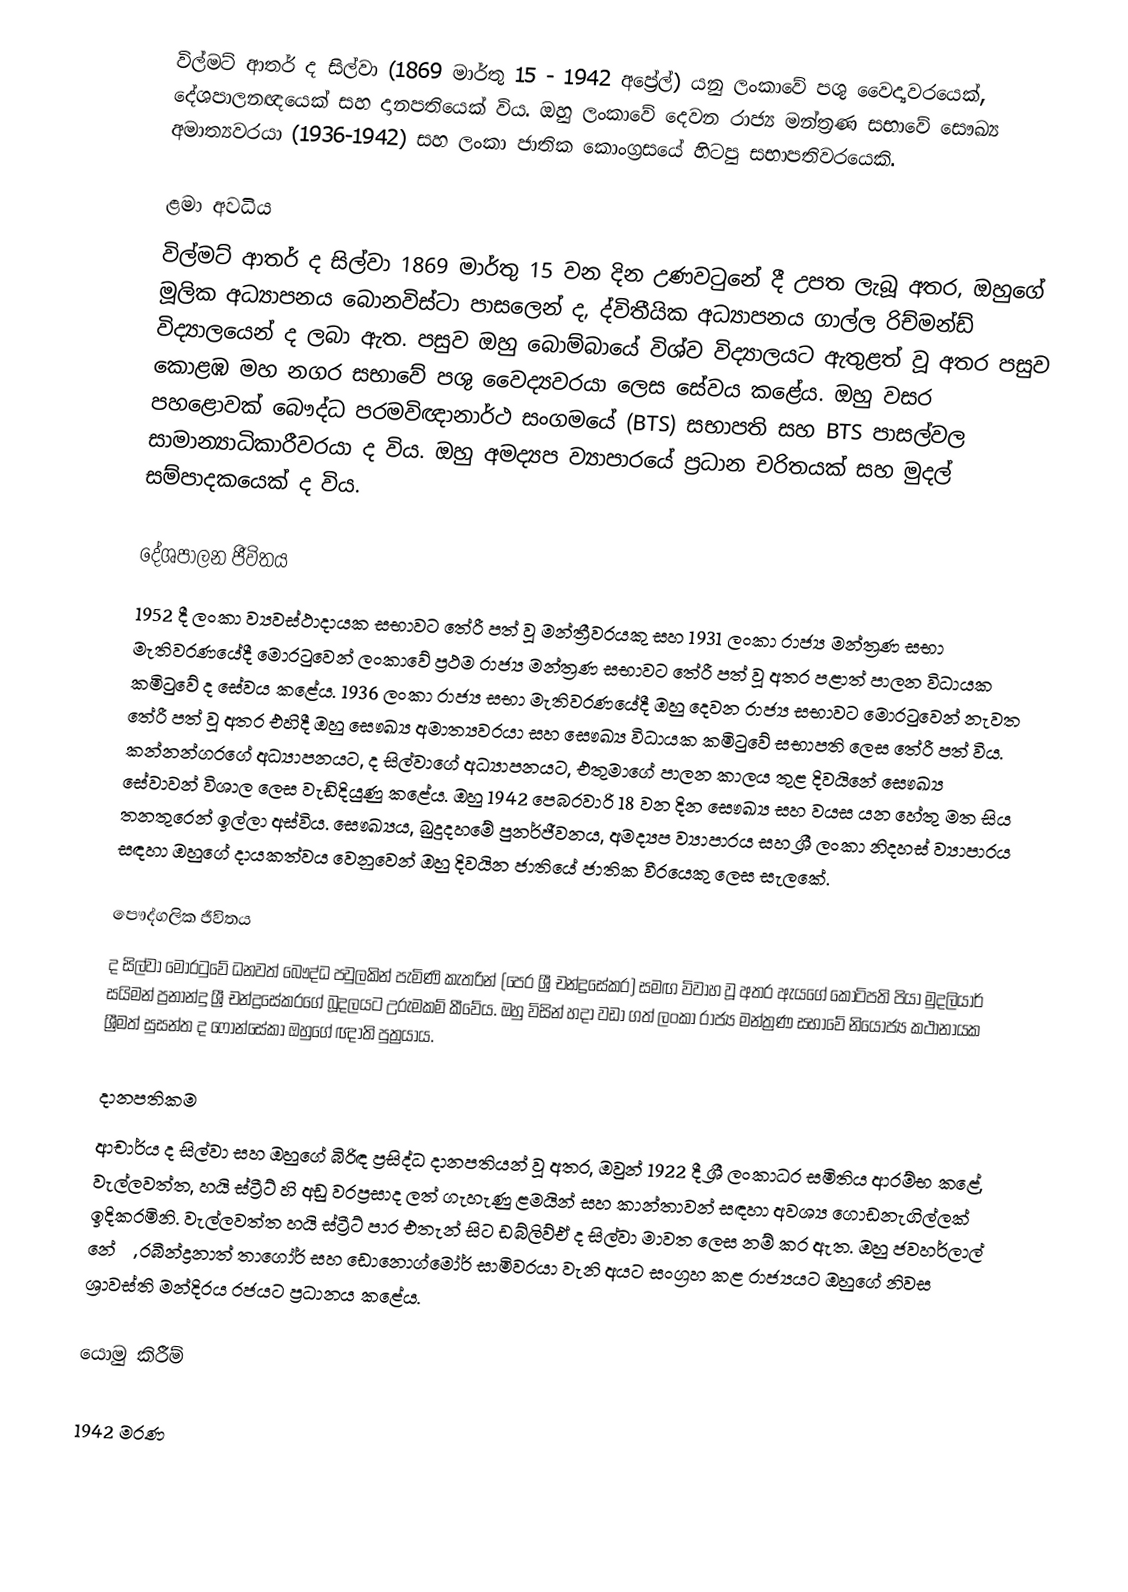
විල්මට් ආතර් ද සිල්වා (1869 මාර්තු 15 - 1942 අප්‍රේල්) යනු ලංකාවේ පශු වෛද්‍යවරයෙක්, දේශපාලනඥයෙක් සහ දානපතියෙක් විය. ඔහු ලංකාවේ දෙවන රාජ්‍ය මන්ත්‍රණ සභාවේ සෞඛ්‍ය අමාත්‍යවරයා (1936-1942) සහ ලංකා ජාතික කොංග්‍රසයේ හිටපු සභාපතිවරයෙකි.

ළමා අවධිය
විල්මට් ආතර් ද සිල්වා 1869 මාර්තු 15 වන දින උණවටුනේ දී උපත ලැබූ අතර, ඔහුගේ මූලික අධ්‍යාපනය බොනවිස්ටා පාසලෙන් ද, ද්විතීයික අධ්‍යාපනය ගාල්ල රිච්මන්ඩ් විද්‍යාලයෙන් ද ලබා ඇත. පසුව ඔහු බොම්බායේ විශ්ව විද්‍යාලයට ඇතුළත් වූ අතර පසුව කොළඹ මහ නගර සභාවේ පශු වෛද්‍යවරයා ලෙස සේවය කළේය. ඔහු වසර පහළොවක් බෞද්ධ පරමවිඥානාර්ථ සංගමයේ (BTS) සභාපති සහ BTS පාසල්වල සාමාන්‍යාධිකාරීවරයා ද විය. ඔහු අමද්‍යප ව්‍යාපාරයේ ප්‍රධාන චරිතයක් සහ මුදල් සම්පාදකයෙක් ද විය.

දේශපාලන ජීවිතය
1952 දී ලංකා ව්‍යවස්ථාදායක සභාවට තේරී පත් වූ මන්ත්‍රීවරයකු සහ 1931 ලංකා රාජ්‍ය මන්ත්‍රණ සභා මැතිවරණයේදී මොරටුවෙන් ලංකාවේ ප්‍රථම රාජ්‍ය මන්ත්‍රණ සභාවට තේරී පත් වූ අතර පළාත් පාලන විධායක කමිටුවේ ද සේවය කළේය. 1936 ලංකා රාජ්‍ය සභා මැතිවරණයේදී ඔහු දෙවන රාජ්‍ය සභාවට මොරටුවෙන් නැවත තේරී පත් වූ අතර එහිදී ඔහු සෞඛ්‍ය අමාත්‍යවරයා සහ සෞඛ්‍ය විධායක කමිටුවේ සභාපති ලෙස තේරී පත් විය. කන්නන්ගරගේ අධ්‍යාපනයට, ද සිල්වාගේ අධ්‍යාපනයට, එතුමාගේ පාලන කාලය තුළ දිවයිනේ සෞඛ්‍ය සේවාවන් විශාල ලෙස වැඩිදියුණු කළේය. ඔහු 1942 පෙබරවාරි 18 වන දින සෞඛ්‍ය සහ වයස යන හේතු මත සිය තනතුරෙන් ඉල්ලා අස්විය. සෞඛ්‍යය, බුදුදහමේ පුනර්ජීවනය, අමද්‍යප ව්‍යාපාරය සහ ශ්‍රී ලංකා නිදහස් ව්‍යාපාරය සඳහා ඔහුගේ දායකත්වය වෙනුවෙන් ඔහු දිවයින ජාතියේ ජාතික වීරයෙකු ලෙස සැලකේ.

පෞද්ගලික ජීවිතය
ද සිල්වා මොරටුවේ ධනවත් බෞද්ධ පවුලකින් පැමිණි කැතරින් (පෙර ශ්‍රී චන්ද්‍රසේකර) සමඟ විවාහ වූ අතර ඇයගේ කෝටිපති පියා මුදලියාර් සයිමන් ප්‍රනාන්දු ශ්‍රී චන්ද්‍රසේකරගේ බූදලයට උරුමකම් කීවේය. ඔහු විසින් හදා වඩා ගත් ලංකා රාජ්‍ය මන්ත්‍රණ සභාවේ නියෝජ්‍ය කථානායක ශ්‍රීමත් සුසන්ත ද ෆොන්සේකා ඔහුගේ ඥාති පුත්‍රයාය.

දානපතිකම
ආචාර්ය ද සිල්වා සහ ඔහුගේ බිරිඳ ප්‍රසිද්ධ දානපතියන් වූ අතර, ඔවුන් 1922 දී ශ්‍රී ලංකාධර සමිතිය ආරම්භ කළේ, වැල්ලවත්ත, හයි ස්ට්‍රීට් හි අඩු වරප්‍රසාද ලත් ගැහැණු ළමයින් සහ කාන්තාවන් සඳහා අවශ්‍ය ගොඩනැගිල්ලක් ඉදිකරමිනි. වැල්ලවත්ත හයි ස්ට්‍රීට් පාර එතැන් සිට ඩබ්ලිව්ඒ ද සිල්වා මාවත ලෙස නම් කර ඇත. ඔහු ජවහර්ලාල් නේරු, රබීන්ද්‍රනාත් තාගෝර් සහ ඩොනොග්මෝර් සාමිවරයා වැනි අයට සංග්‍රහ කළ රාජ්‍යයට ඔහුගේ නිවස ශ්‍රාවස්ති මන්දිරය රජයට ප්‍රධානය කළේය.

යොමු කිරීම්

1942 මරණ